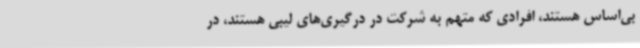
بی‌اساس هستند، افرادی که متهم به شرکت در درگیری‌های لیبی هستند، در